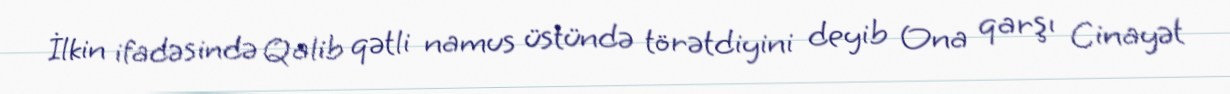
İlkin ifadəsində Qalib qətli namus üstündə törətdiyini deyib Ona qarşı Cinayət